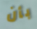
بأن